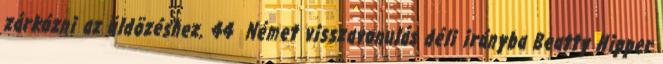
zárkózni az üldözéshez. 44 Német visszavonulás déli irányba Beatty Hipper